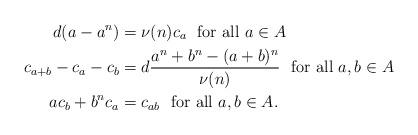
LaTeX: \begin{align*} d(a-a^n) &= \nu(n)c_a \mbox{\ \ for\ all\ } a\in A \\ c_{a+b}-c_a-c_b &= d\frac{a^n + b^n - (a+b)^n}{\nu(n)} \mbox{\ \ for\ all\ } a,b\in A \\ ac_b + b^nc_a &= c_{ab} \mbox{\ \ for\ all\ } a,b\in A .\end{align*}